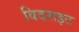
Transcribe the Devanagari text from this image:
विदराइट